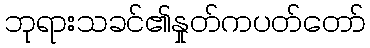
ဘုရားသခင်၏နှုတ်ကပတ်တော်